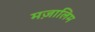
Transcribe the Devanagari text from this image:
मज़ालिम